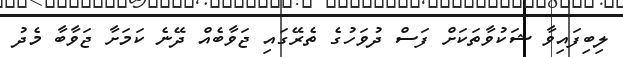
ލިބިފައިވާ ޝަކުވާތަކަށް ފަސް ދުވަހުގެ ތެރޭގައި ޖަވާބެއް ދޭނެ ކަމަށާ ޖަވާބާ މެދު